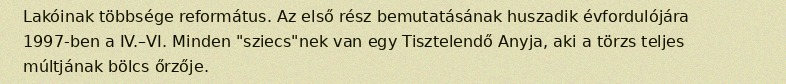
Lakóinak többsége református. Az első rész bemutatásának huszadik évfordulójára 1997-ben a IV.–VI. Minden "sziecs"nek van egy Tisztelendő Anyja, aki a törzs teljes múltjának bölcs őrzője.